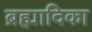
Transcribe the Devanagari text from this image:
ब्रह्मादिका